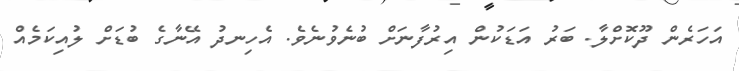
އަހަރެން ދޫކޮށްލާ. ބަރު އަޑަކުން އިރުފާނަށް ބުނެވުނެވެ. އެހިނދު އޭނާގެ ބުޑަށް ލުއިކަމެއް